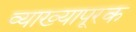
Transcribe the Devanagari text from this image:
व्याख्यापूरक